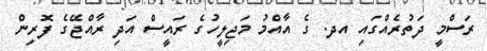
ރަސްމީ ދަތުރެއްގައި އދ. ގެ އާއްމު މަޖިލީހުގެ ރައީސް އަދި ރާއްްޖޭގެ ފޮރިން